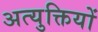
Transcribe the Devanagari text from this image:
अत्युक्तियों